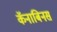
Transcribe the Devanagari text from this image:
कॅनाबिनस